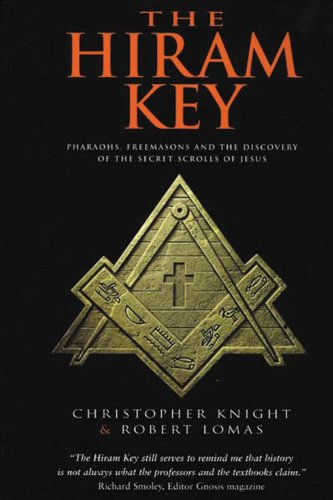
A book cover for The Hiram Key: Pharaohs, Freemasons and the Discovery of the Secret Scrolls of Jesus; Christopher Knight; Religion & Spirituality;